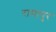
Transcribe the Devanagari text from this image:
रामापुर